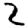
Digit: 2